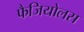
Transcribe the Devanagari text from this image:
फैजियोलस